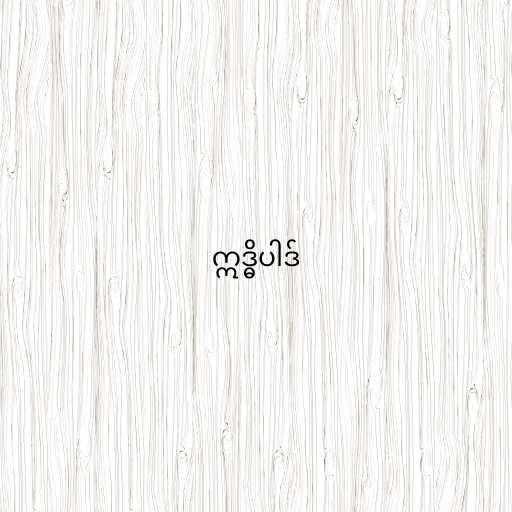
ဣဒ္ဓိပါဒ်